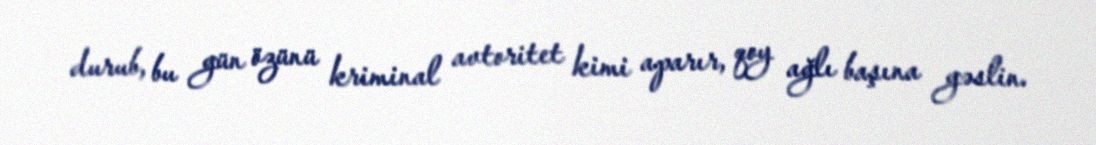
durub, bu gün özünü kriminal avtoritet kimi aparır, qoy ağlı başına gəslin.